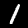
Label: 1